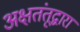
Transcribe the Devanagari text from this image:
अक्षतंतूद्वारा